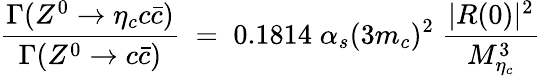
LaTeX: {{\frac{\Gamma(Z^{0}\rightarrow\eta_{c}c{\bar{c}})}{\Gamma(Z^{0}\rightarrow c{\bar{c}})}}\; =\; 0.1814\; \alpha_{s}(3m_{c})^{2}\; {\frac{|R(0)|^{2}}{M_{\eta_{c}}^{3}}}\; }